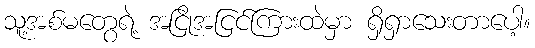
သူ့အစ်မတွေရဲ့ အငြိုအငြင်ကြားထဲမှာ ရှိရှာသေးတာပေါ့။